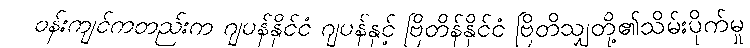
ဝန်းကျင်ကတည်းက ဂျပန်နိုင်ငံ ဂျပန်နှင့် ဗြိတိန်နိုင်ငံ ဗြိတိသျှတို့၏သိမ်းပိုက်မှု